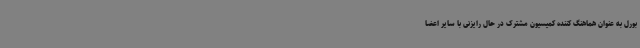
بورل به عنوان هماهنگ کننده کمیسیون مشترک در حال رایزنی با سایر اعضا